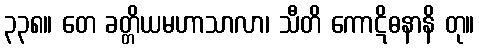
၃၃၈။ တေ ခတ္တိယမဟာသာလာ၊ သီတိ ကောဋိဓနာနိ တု။